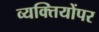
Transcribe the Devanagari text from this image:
व्यक्तियोंपर